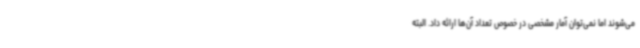
می‌شوند اما نمی‌توان آمار مشخصی در خصوص تعداد آن‌ها ارائه داد. البته